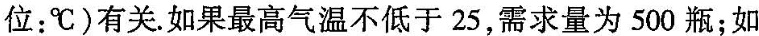
位：^{\circ}C)有关。如果最高气温不低于25，需求量为500瓶；如